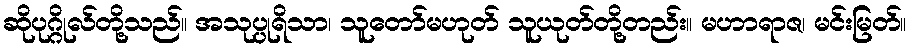
ဆိုပုဂ္ဂိုလ်တို့သည်။ အသုပ္ပုရိသာ၊ သူတော်မဟုတ် သူယုတ်တို့တည်း။ မဟာရာဇ၊ မင်းမြတ်။